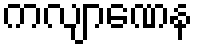
ကလျာဏေန